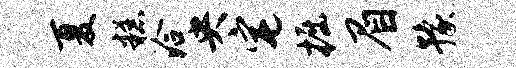
夏糕洽央宅掘眉豫